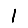
Digit: 1